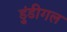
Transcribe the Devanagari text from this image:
डुंडीगल